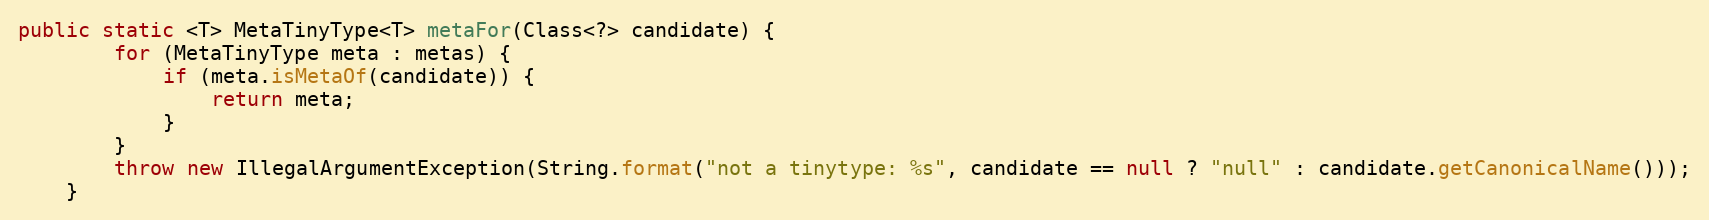
Language: Java
public static <T> MetaTinyType<T> metaFor(Class<?> candidate) {
        for (MetaTinyType meta : metas) {
            if (meta.isMetaOf(candidate)) {
                return meta;
            }
        }
        throw new IllegalArgumentException(String.format("not a tinytype: %s", candidate == null ? "null" : candidate.getCanonicalName()));
    }